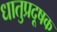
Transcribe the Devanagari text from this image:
धातुप्रदूषक